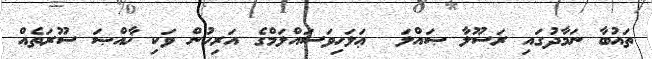
ތައުބާ ނަމާދުގައި ރަސޫލާ ޞައްލަ  ޢަލަހިވަސައްލަމްގެ އަރިހުން ވަކި ޚާއްޞަ ސޫރަތެއް